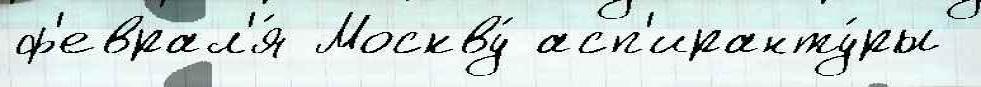
ф'еврал'я́ Москву́ асп'иранту́ры